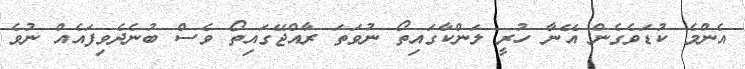
އެންމެ ކުޑަވެގެން އޭނާ ހުރީ ލަންކާގައިތޯ ނުވަތަ ރާއްޖޭގައިތޯ ވެސް ބުނެދެވިފައެއް ނުވެ